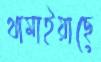
থামাইয়াছে